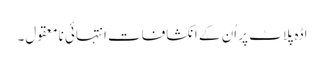
اڈہ پلاٹ پر اُن کے انکشافات انتہائی نامعقول۔